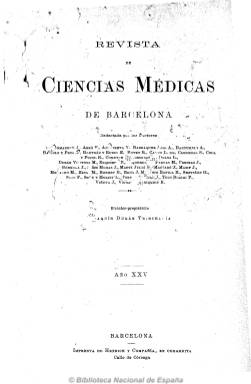
Título: Revista de ciencias médicas de Barcelona
Colección: Medicina
Ámbito geográfico: Barcelona
Lugar de publicación: Barcelona
Fechas: 10/01/1899-01/12/1913

Publicación especializada considerada una de las más prestigiosas del periodismo médico del último tercio del siglo diecinueve y primeros años del veinte, como digna representante del catalanismo médico de la época. Es sobre todo conocida porque en febrero 1893 publicó un artículo sobre la histeria de Sigmund Freud y Josef Breuer, considerado el primero de estos psicoanalistas traducido a otras lenguas. Coincidiendo con su estancia en Barcelona, durante esa misma década, Santiago Ramón y Cajal llegará también a publicar en sus páginas diversos artículos científicos.

Probablemente la revista fue fundada, en 1875, por el profesor de la Universidad de Barcelona José Armenter y Ferrer, y tras su fallecimiento, en 1886, pasó a ser propiedad y dirigida por Joaquín Durán Trenchería, que llegó a ser presidente del Comité de la Prensa Médica y de la Sección de Ciencias Exactas y Naturales del Ateneo de Barcelona, además de miembro de la Real Academia de Medicina y Cirugía de esta ciudad. A la muerte de este, en 1911, le sucedió en la propiedad y dirección su hijo, el doctor Manuel Durán Bach, junto a Juan Soler Juliá, que venía desempeñado la secretaría de redacción. Contó con una larga nómina de redactores y colaboradores, todos ellos prestigiosos científicos de las ciencias de la salud. Entre estos, Gaspar Sentiñón Cerdaña, Francisco Castellví y Pallarés, Bartolomé Robert, José Mascaró y Capella, J.M. Bartrina, F. Corominas, J. Barraquer y A. Bassols y Prim, entre otros muchos.

Apareció con frecuencia quincenal en entregas de unas cuarenta páginas, y más tarde fue mensual, aumentándolas hasta las 48 páginas. Su estructura fue sencilla. Comenzaba con una serie de artículos originales, y en la sección “Literatura extranjera”, incluía los procedentes de científicos extranjeros. También tenía otra sección fija de “Revista de revistas”. A partir de 1892 y durante algunos años introduce una sección denominada “Azul” con artículos de índole literaria más que científica. Dio cuenta también de las actividades y ponencias de los congresos médicos internacionales, así como información sobre academias y asociaciones científicas. Estuvo ilustrada con dibujos, grabados y fotografías, aunque no profusamente. También inserta anuncios comerciales.

Tras casi medio siglo de vida, debió dejar de editarse hacia 1918. Publica índices de materias y de autores en el último número de cada año. La colección de la Biblioteca Nacional de España es incompleta, sólo desde 1899 a 1913, faltándole además los años 1901-1907.